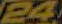
24